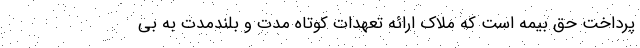
پرداخت حق بیمه است که ملاک ارائه تعهدات کوتاه مدت و بلندمدت به بی